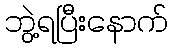
ဘွဲ့ရပြီးနောက်